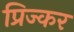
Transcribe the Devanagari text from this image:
प्रिज्कर